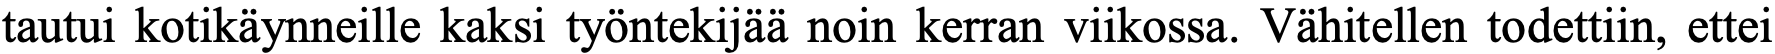
tautui kotikäynneille kaksi työntekijää noin kerran viikossa. Vähitellen todettiin, ettei